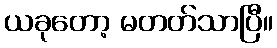
ယခုတော့ မတတ်သာပြီ။